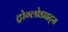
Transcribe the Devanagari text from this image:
ट्रोग्लोडाइट्स